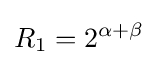
R_{1}=2^{\alpha +\beta }